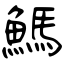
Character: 鰢